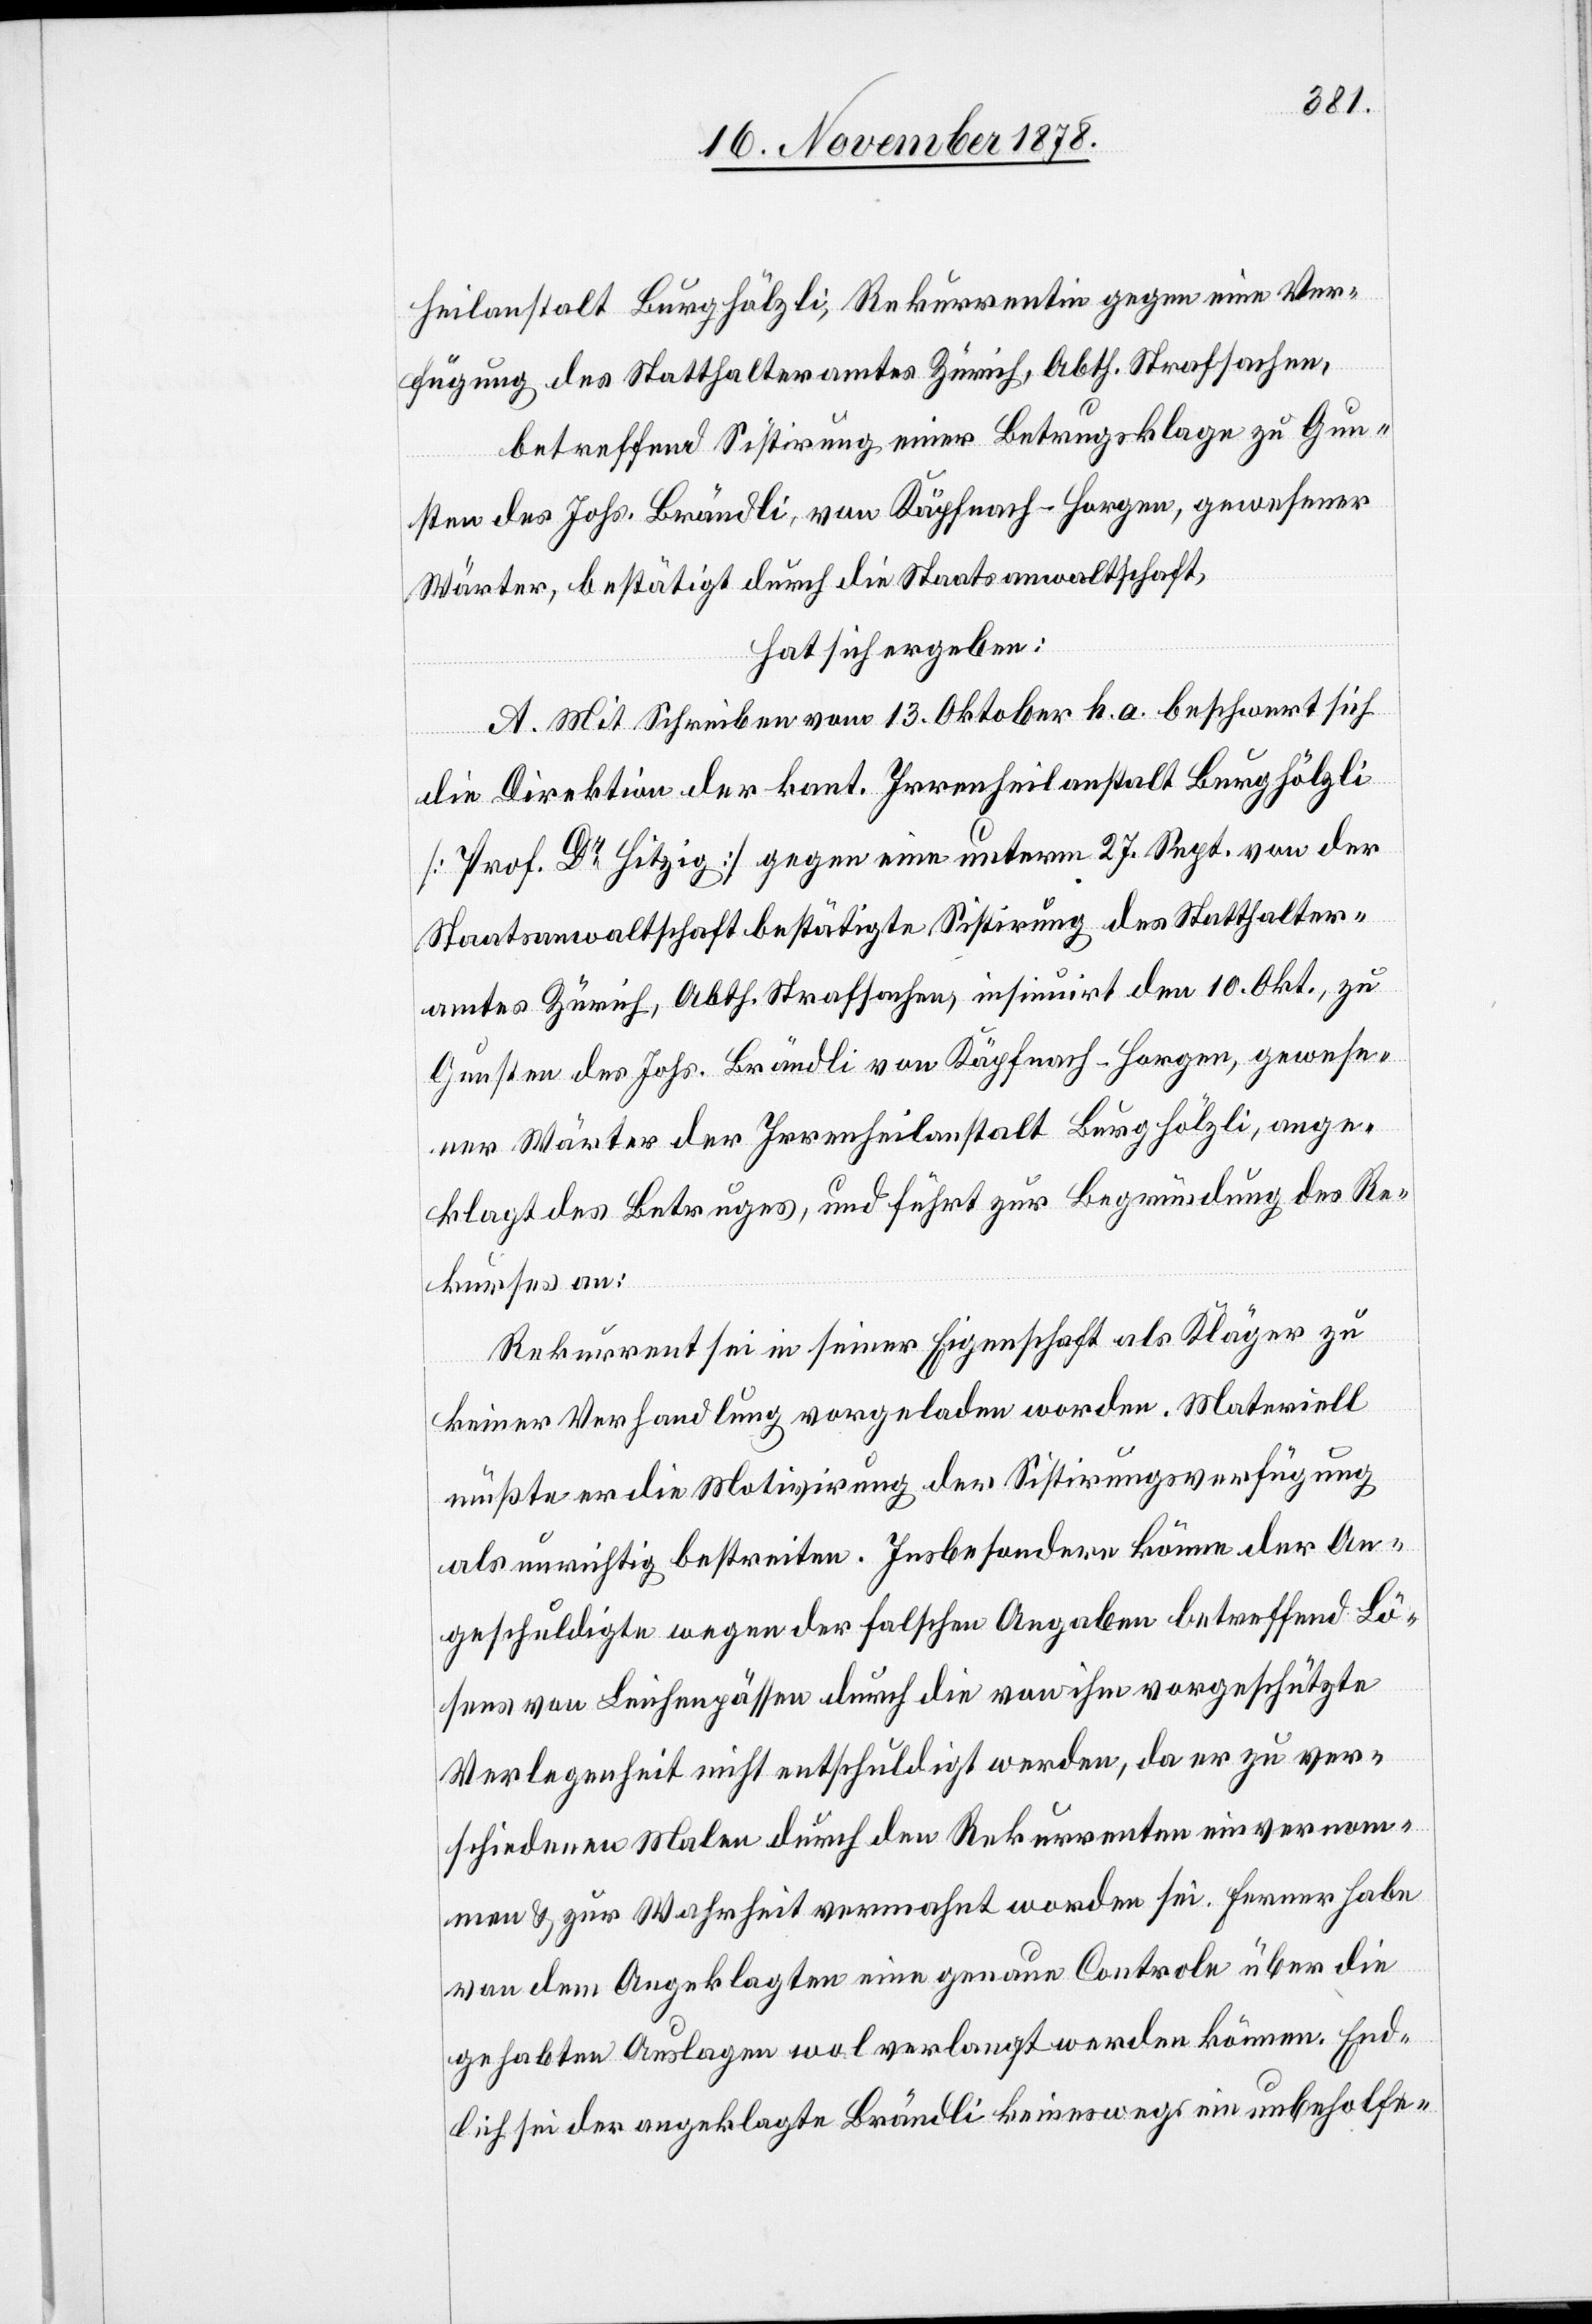
heilanstalt Burghölzli, Rekurrentin gegen eine Ver¬
fügung des Statthalteramtes Zürich, Abth. Strafsachen,
betreffend Sistirung einer Betrugsklage zu Gun¬
sten des Johs. Brändli, von Käpfnach - Horgen, gewesener
Wärter, bestätigt durch die Staatsanwaltschaft,
hat sich ergeben:
A. Mit Schreiben vom 13. Oktober h. a. beschwert sich
die Direktion der kant. Irrenheilanstalt Burghölzli
[Prof. Dr Hitzig] gegen eine unterm 27. Sept. von der
Staatsanwaltschaft bestätigte Sistirung des Statthalter¬
amtes Zürich, Abth. Strafsachen, insinuirt den 10. Okt., zu
Gunsten des Johs. Brändli von Käpfnach - Horgen, gewese¬
ner Wärter der Irrenheilanstalt Burghölzli, ange¬
klagt des Betruges, und führt zur Begründung des Re¬
kurses an:
Rekurrent sei in seiner Eigenschaft als Kläger zu
keiner Verhandlung vorgeladen worden. Materiell
müßte er die Motivirung der Sistirungsverfügung
als unrichtig bestreiten. Insbesondere könne der An¬
geschuldigte wegen der falschen Angaben betreffend Lö¬
sens von Leichenpässen durch die von ihm vorgeschützte
Verlegenheit nicht entschuldigt werden, da er zu ver¬
schiedenen Malen durch den Rekurrenten einvernom¬
men & zur Wahrheit vermahnt worden sei. Ferner habe
von dem Angeklagten eine genaue Controle über die
gehabten Auslagen wol verlangt werden können. End¬
lich sei der angeklagte Brändli keineswegs ein unbeholfe-